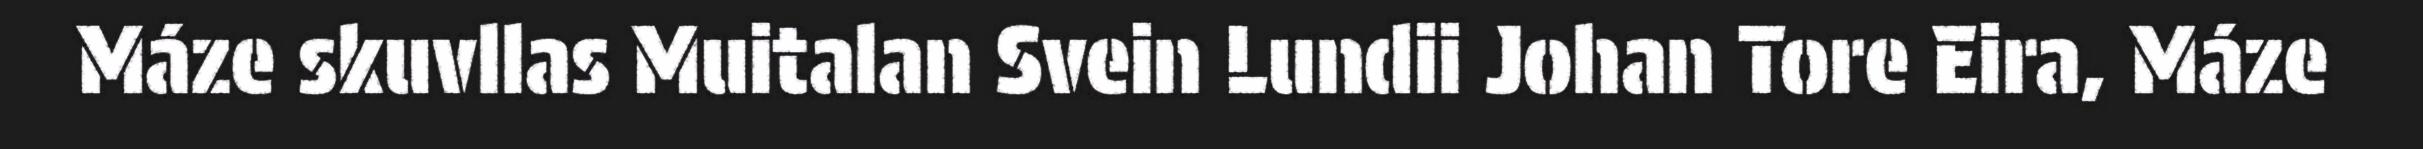
Máze skuvllas Muitalan Svein Lundii Johan Tore Eira, Máze